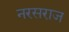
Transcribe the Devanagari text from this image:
नरसराज